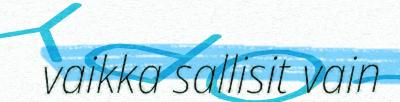
vaikka sallisit vain